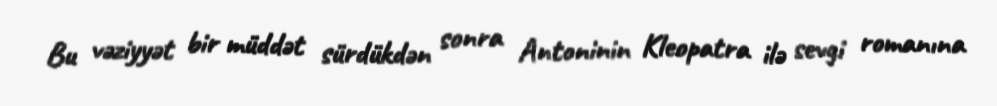
Bu vəziyyət bir müddət sürdükdən sonra Antoninin Kleopatra ilə sevgi romanına